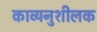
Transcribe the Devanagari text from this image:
काव्यनुशीलक